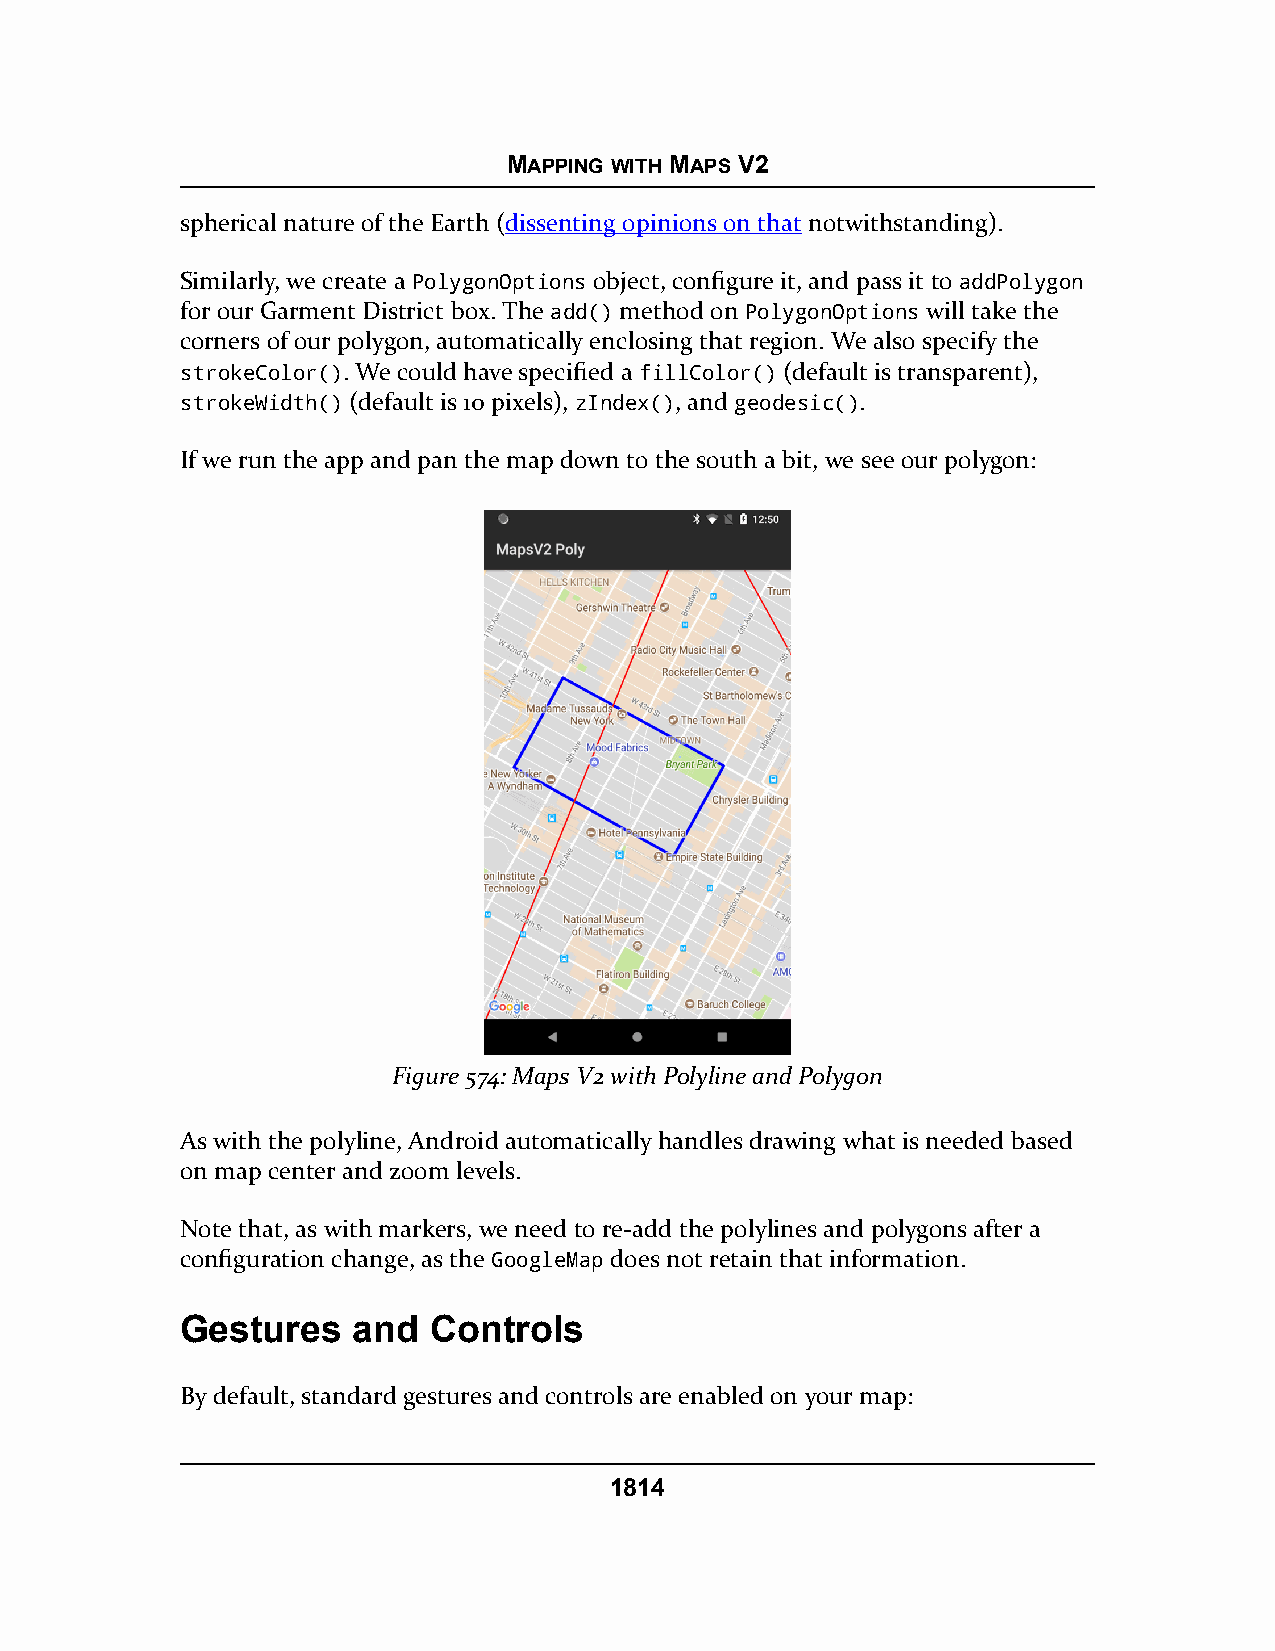
MAPPING WITH MAPS V2
 spherical nature of the Earth (dissenting opinions on that notwithstanding).
 Similarly, we create a PolygonOptions object, configure it, and pass it to addPolygon
 for our Garment District box. The add() method on PolygonOptions will take the
 corners of our polygon, automatically enclosing that region. We also specify the
 strokeColor(). We could have specified a fillColor() (default is transparent),
 strokeWidth() (default is 10 pixels), zIndex(), and geodesic().
 If we run the app and pan the map down to the south a bit, we see our polygon:
 Figure 574: Maps V2 with Polyline and Polygon
 As with the polyline, Android automatically handles drawing what is needed based
 on map center and zoom levels.
 Note that, as with markers, we need to re-add the polylines and polygons after a
 configuration change, as the GoogleMap does not retain that information.
 Gestures   and  Controls
 By default, standard gestures and controls are enabled on your map:
 1814